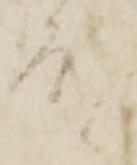
殿